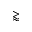
\gtrapprox